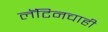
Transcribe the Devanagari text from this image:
लॅटिनचाही